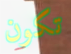
تكون